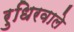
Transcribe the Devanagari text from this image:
रुधिरवाले